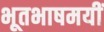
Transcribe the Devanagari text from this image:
भूतभाषमयीं